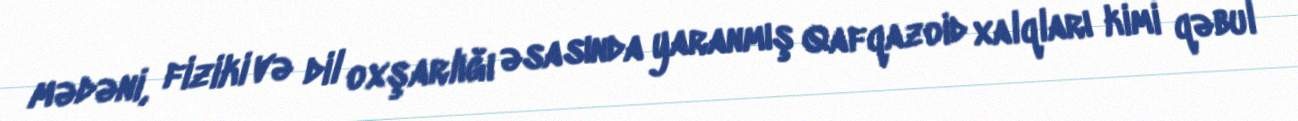
mədəni, fiziki və dil oxşarlığı əsasında yaranmış Qafqazoid xalqları kimi qəbul